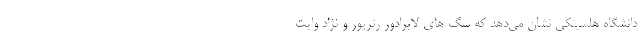
دانشگاه هلسینکی نشان می‌دهد که سگ های لابرادور رتریور و نژاد وایت